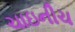
ચાઇનીચ